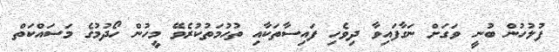
ފުލުހުން ބުނީ ވަގަށް ނަގާފައިވާ ދިވެހި ފައިސާތަކާއި ތުހުމަތުކުރެވޭ މީހުން ހޯދުމުގެ މަސައްކަތް